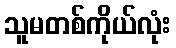
သူမတစ်ကိုယ်လုံး